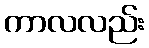
ကာလလည်း